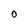
Character: O